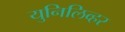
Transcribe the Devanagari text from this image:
युनिलिव्हर